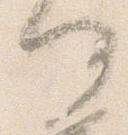
何